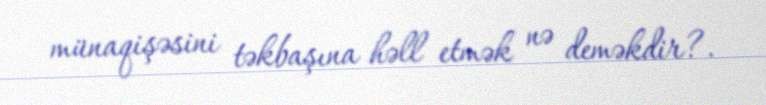
münaqişəsini təkbaşına həll etmək nə deməkdir?.